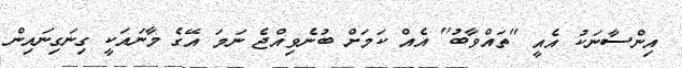
އިންސާނަކު އެއީ ''ތައްވާބު'' އެއް ކަމަށް ބުނެވިއްޖެ ނަމަ އޭގެ މާނައަކީ ގިނަގިނައިން